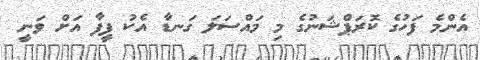
އެންމެ ފަހުގެ ކޮރަޕްޝަނުގެ މި މައްސަލަ ގަނޑާ އެކު ފީފާ އަށް ވަނީ